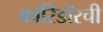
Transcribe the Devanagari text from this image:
कॉरिडॉरची